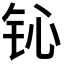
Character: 𲇴